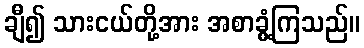
ချီ၍ သားငယ်တို့အား အစာခွံ့ကြသည်။